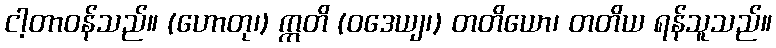
ငါ့တာဝန်သည်။ (ဟောတု၊) ဣတိ (ဝဒေယျ၊) တတိယော၊ တတိယ ရန်သူသည်။